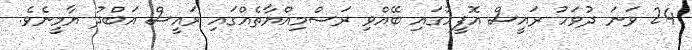
24 ވަނަ ދުވަހު ރައީސް އޮފީހުގައި ބޭއްވި ރަސްމިއްޔާތެއްގައި ރައީސް އަބްދު ޔާމީނެވެ.